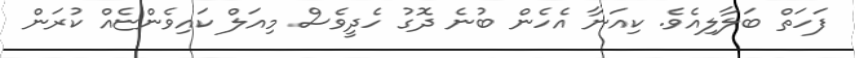
ފަހަތް ބަލާލިއެވެ. ކިއަނާ އެހެން ބުނެ ދޮގު ހެދީވެސް މިއަލް ކައިވެންޏެއް ކުރަން